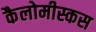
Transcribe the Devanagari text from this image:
कैलोमीस्कस